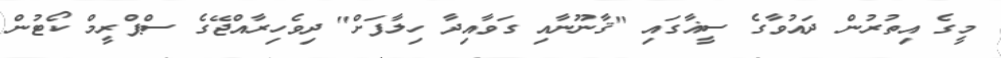
މީގެ އިތުރުން ދައުވާގެ ސީޣާގައި "ޤާނޫނާއި ގަވާއިދާ ހިލާފަށް" ދިވެހިރާއްޖޭގެ ސްޕްރީމް ކޯޓުން